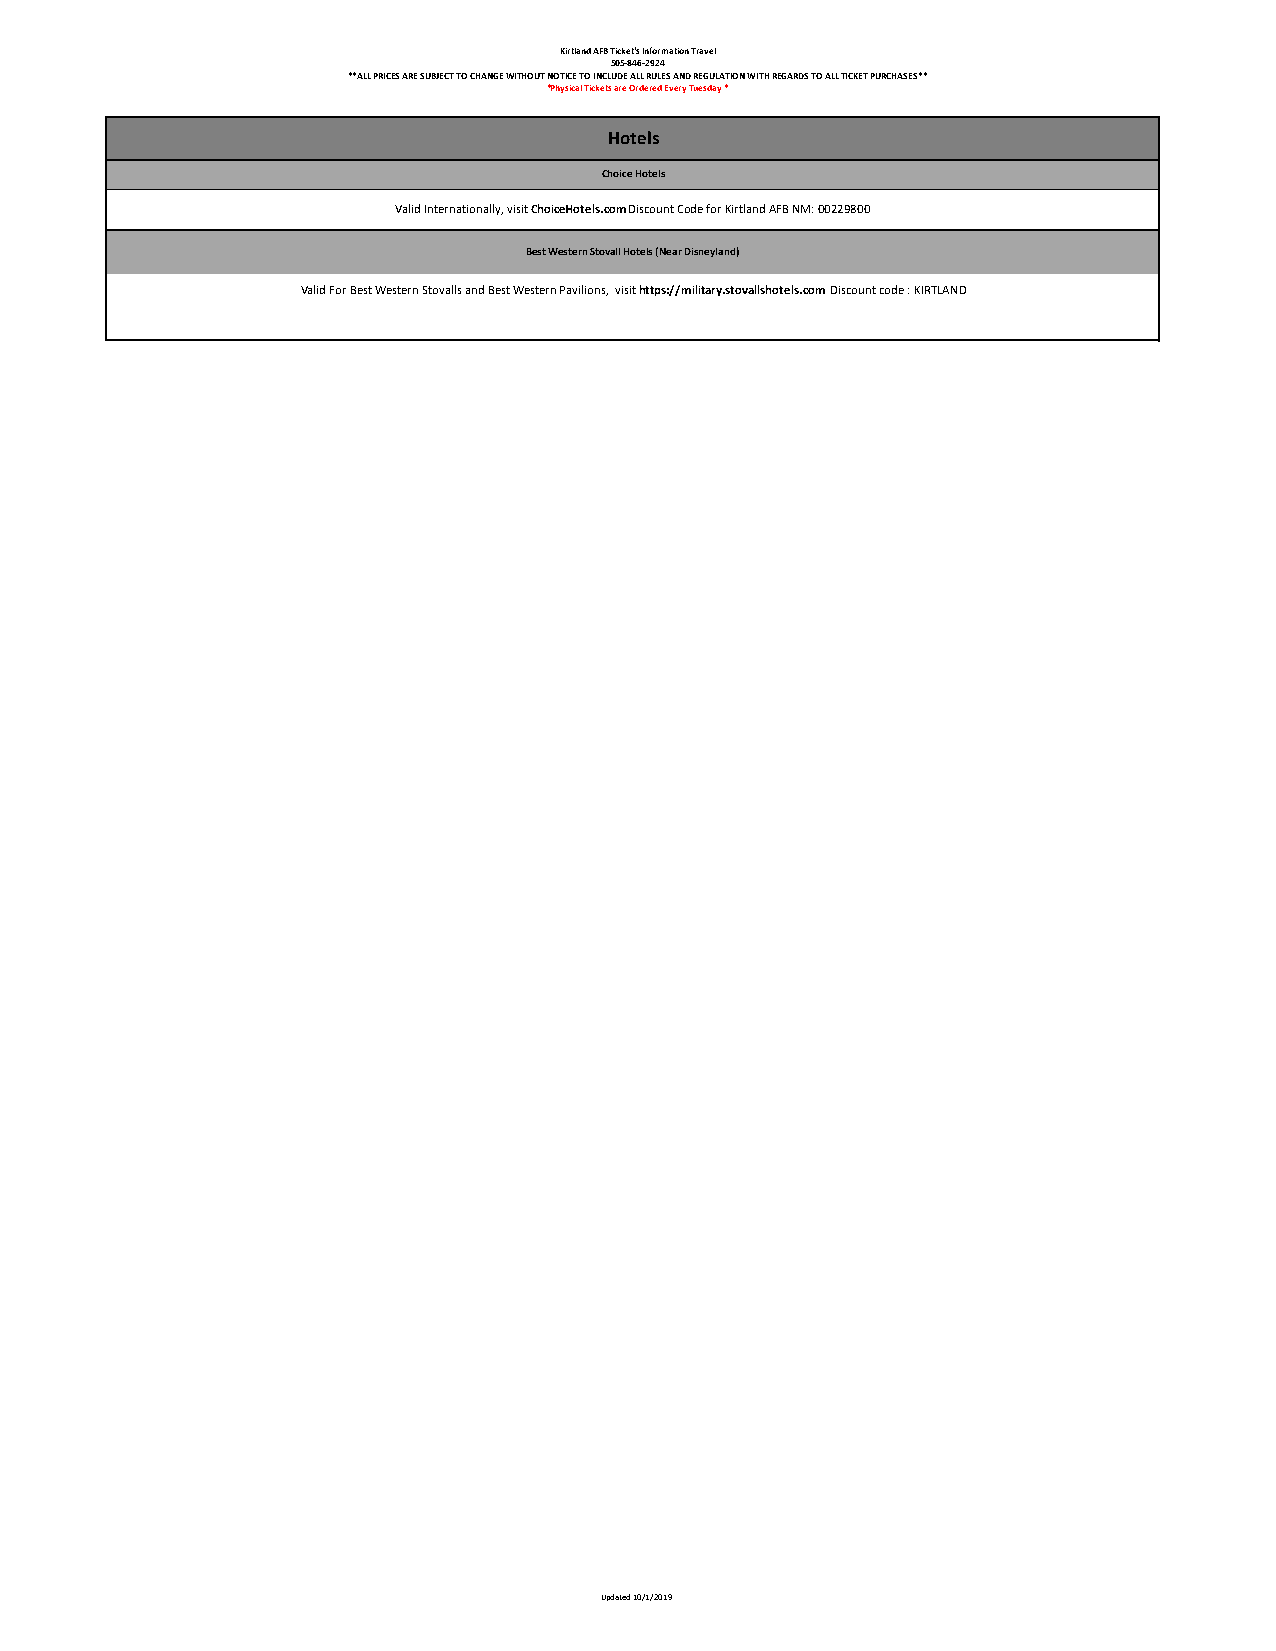
Kirtland AFB Ticket's Information Travel
 505-846-2924
 **ALL PRICES ARE SUBJECT TO CHANGE WITHOUT NOTICE TO INCLUDE ALL RULES AND REGULATION WITH REGARDS TO ALL TICKET PURCHASES**
 *Physical Tickets are Ordered Every Tuesday *
 Hotels
 Choice Hotels
 Valid Internationally, visit ChoiceHotels.com Discount Code for Kirtland AFB NM: 00229800
 Best Western Stovall Hotels (Near Disneyland)
 Valid For Best Western Stovalls and Best Western Pavilions, visit https://military.stovallshotels.com Discount code : KIRTLAND
 Updated 10/1/2019